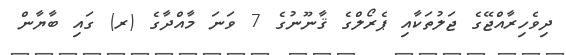
ދިވެހިރާއްޖޭގެ ޖަލުތަކާއި ޕެރޯލްގެ ޤާނޫނުގެ 7 ވަނަ މާއްދާގެ (ރ) ގައި ބާޔާން